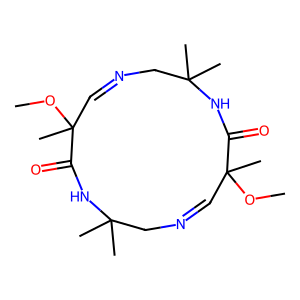
SMILES: COC1(C)C=NCC(C)(C)NC(=O)C(C)(OC)C=NCC(C)(C)NC1=O
Inhibits HIV replication: No